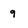
Character: g